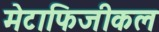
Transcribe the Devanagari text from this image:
मेटाफिजीकल